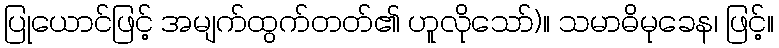
ပြုယောင်ဖြင့် အမျက်ထွက်တတ်၏ ဟူလိုသော်)။ သမာဓိမုခေန၊ ဖြင့်။